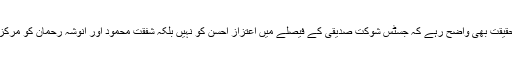
دوسری جانب یہ حقیقت بھی واضح رہے کہ جسٹس شوکت صدیقی کے فیصلے میں اعتزاز احسن کو نہیں بلکہ شفقت محمود اور انوشہ رحمان کو مرکزی کردار قرار دیا۔